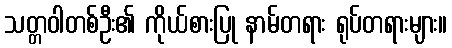
သတ္တဝါတစ်ဦး၏ ကိုယ်စားပြု နာမ်တရား ရုပ်တရားများ။